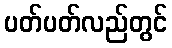
ပတ်ပတ်လည်တွင်